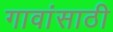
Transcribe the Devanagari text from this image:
गावांसाठी